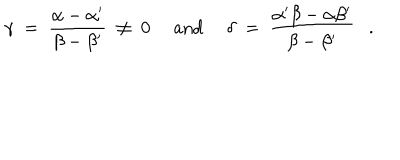
\gamma ~ = ~ { \frac { \alpha - \alpha ^ { \prime } } { \beta - \beta ^ { \prime } } } ~ \neq ~ 0 ~ ~ \mathrm { a n d } ~ ~ \delta ~ = ~ { \frac { \alpha ^ { \prime } \beta - \alpha \beta ^ { \prime } } { \beta - \beta ^ { \prime } } } .